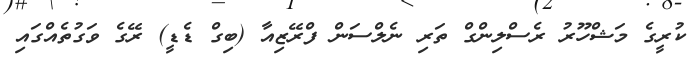
ކުރީގެ މަޝްހޫރު ރެސްލިންގް ތަރި ނެލްސަން ފްރޭޒިއާ (ބިގް ޑެޑީ) ރޭގެ ވަގުތެއްގައި